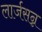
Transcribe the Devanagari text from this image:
लार्जसन्न